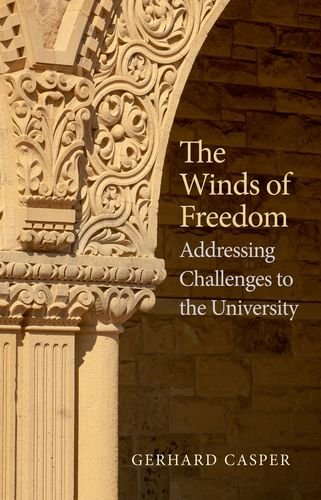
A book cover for The Winds of Freedom: Addressing Challenges to the University; Prof. Gerhard Casper; Education & Teaching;